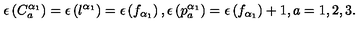
\epsilon \left( C _ { a } ^ { \alpha _ { 1 } } \right) = \epsilon \left( l ^ { \alpha _ { 1 } } \right) = \epsilon \left( f _ { \alpha _ { 1 } } \right) , \epsilon \left( p _ { a } ^ { \alpha _ { 1 } } \right) = \epsilon \left( f _ { \alpha _ { 1 } } \right) + 1 , a = 1 , 2 , 3 .